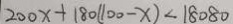
2 0 0 x + 1 8 0 ( 1 0 0 - x ) < 1 8 0 8 0